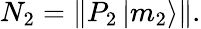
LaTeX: N_{2}=\left\| P_{2}\left|m_{2}\right\rangle\right\| .